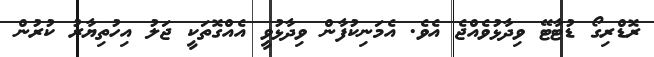
ރޮޑްރިގޯ ޑުޓާޓޭ ވިދާޅުވެއްޖެ އެވެ. އެމަނިކުފާން ވިދާޅުވީ އެއްގޮތަކީ ޖަލު އިހުތިޔާރު ކުރުން